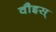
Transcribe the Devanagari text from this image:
वौइस्